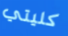
كليتي